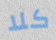
كلا